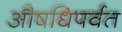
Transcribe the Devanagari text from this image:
औषधिपर्वत